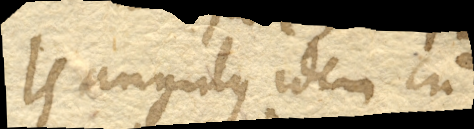
Is angulus idem cum